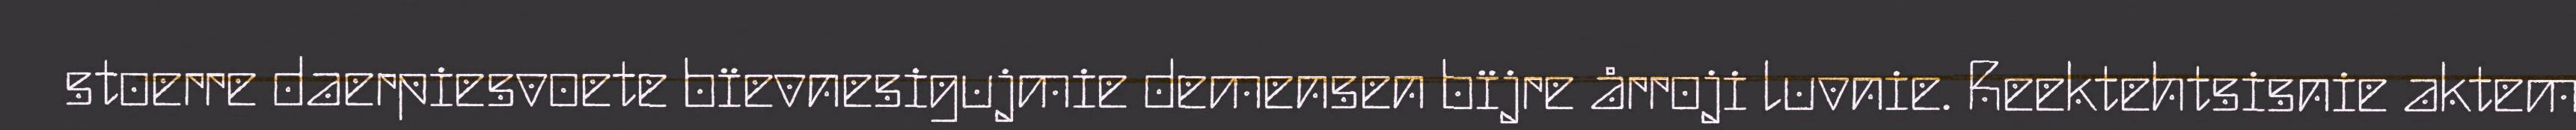
stoerre daerpiesvoete bïevnesigujmie demensen bïjre årroji luvnie. Reektehtsisnie aktem